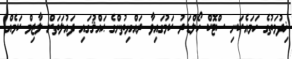
ޚިދުމަތުގެ ހަމައެކަނި ސްޓޮކް ހޯލްޑަރު ކަމުގައިވާ ރައްޔިތުންގެ ޙައްޤުގައި ދައުލަތަށް ލާޒިމް ކަމެއް